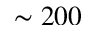
\sim 2 0 0